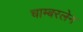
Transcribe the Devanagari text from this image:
चाम्बरलेन